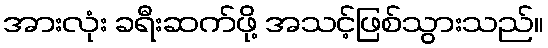
အားလုံး ခရီးဆက်ဖို့ အသင့်ဖြစ်သွားသည်။